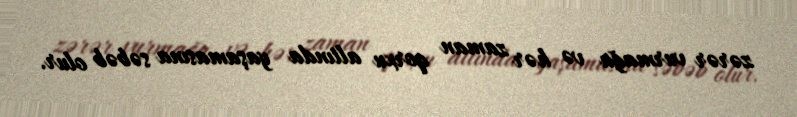
zərər vurmağa və hər zaman qorxu altında yaşamasına səbəb olur.